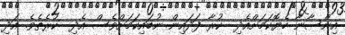
އިންސާނާ ހެޔޮކަމަށްއެދި  ކުރާ ފަދައިން ނުބައިކަމަށްވެސް އެދި  ކުރެތެވެ. އަދި